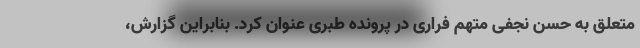
متعلق به حسن نجفی متهم فراری در پرونده طبری عنوان کرد. بنابراین گزارش،